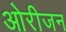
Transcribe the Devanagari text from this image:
ओरीजन